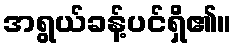
အရွယ်ခန့်ပင်ရှိ၏။